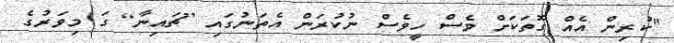
"ކުރިން އެއް ގޮތަކަށް ވެސް ހީވެސް ނުކުރަން އެތަނުގައި [ޗައިނާ] ގަ މިވަރުގެ